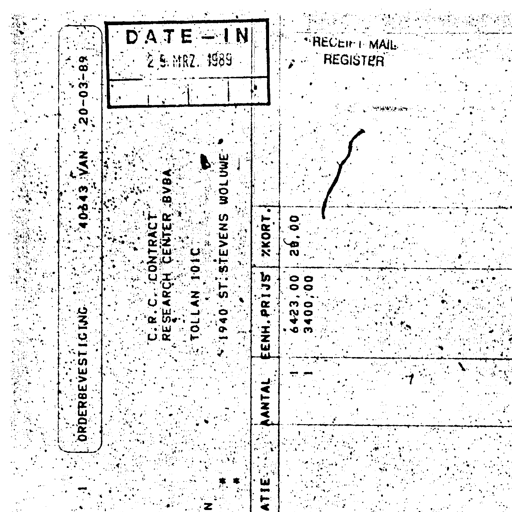
ORDERBEVESTIGING 40643 VAN 20-03-89
DATE-IN
2 9. MRZ. 1989
RECEIPT MAIL REGISTER
C.R.C. CONTRACT
RESEARCH CENTER BVBA
TOLLAN 101C
1940 ST. STEVENS WOLUWE
ATIE AANTAL EENH.PRIJS %KORT.
1 6423,00 28,00
1 3400,00